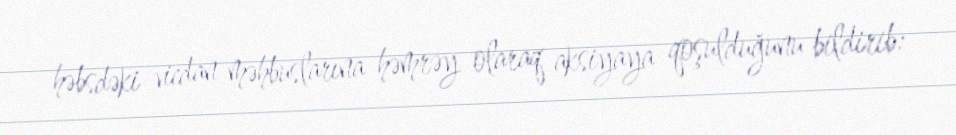
həbsdəki vicdan məhbuslarına həmrəy olaraq aksiyaya qoşulduğunu bildirib: